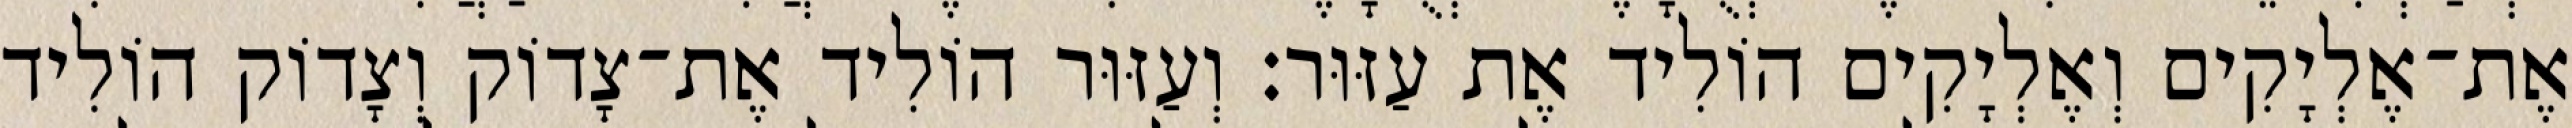
אֶת־אֶלְיָקִים וְאֶלְיָקִים הוֹלִיד אֶת עַזּוּר׃ וְעַזּוּר הוֹלִיד אֶת־צָדוֹק וְצָדוֹק הוֹלִיד